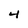
Character: 4